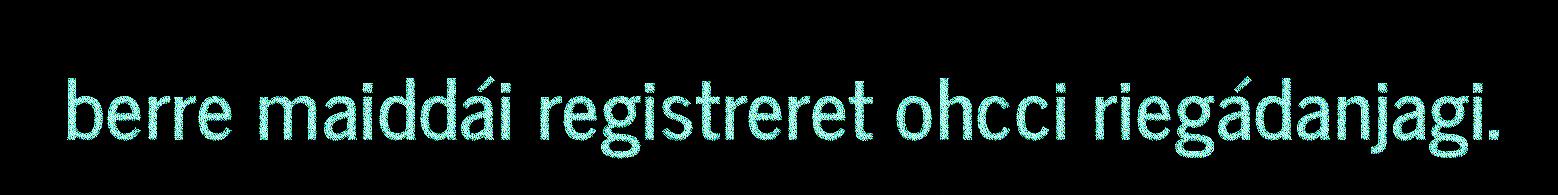
berre maiddái registreret ohcci riegádanjagi.